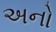
અનો